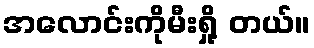
အလောင်းကိုမီးရှို့ တယ်။